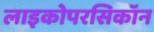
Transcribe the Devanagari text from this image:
लाइकोपरसिकॉन